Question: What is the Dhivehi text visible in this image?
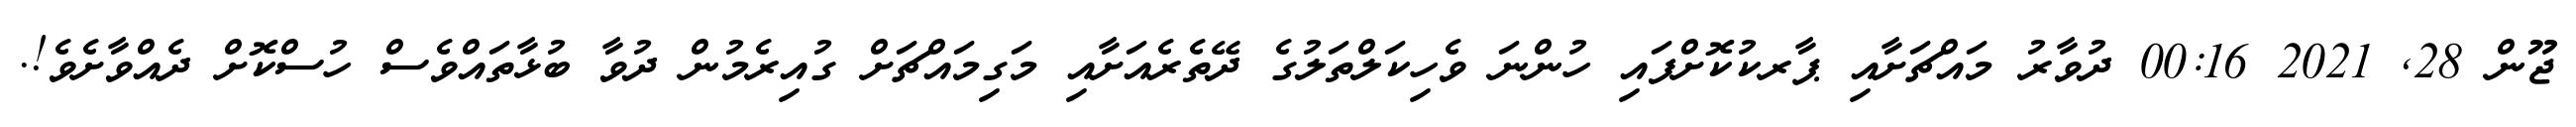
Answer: ޖޫން 28, 2021 00:16 ދުވާރު މައްޗަށާއި ޕާރކުކޮށްފައި ހުންނަ ވެހިކަލްތަލުގެ ދޭތެރެއަށާއި މަގިމައްޗަށް ގުއިރެމުން ދުވާ ބުޅާތައްވެސް ހުސްކޮށް ދެއްވާށެވެ!.